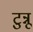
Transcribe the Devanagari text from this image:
टुन्नू